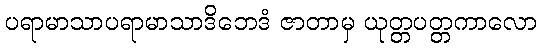
ပရာမာသာပရာမာသာဒိဘေဒံ ဇာတာမှ ယုတ္တပတ္တကာလော